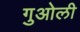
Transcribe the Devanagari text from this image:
गुओली